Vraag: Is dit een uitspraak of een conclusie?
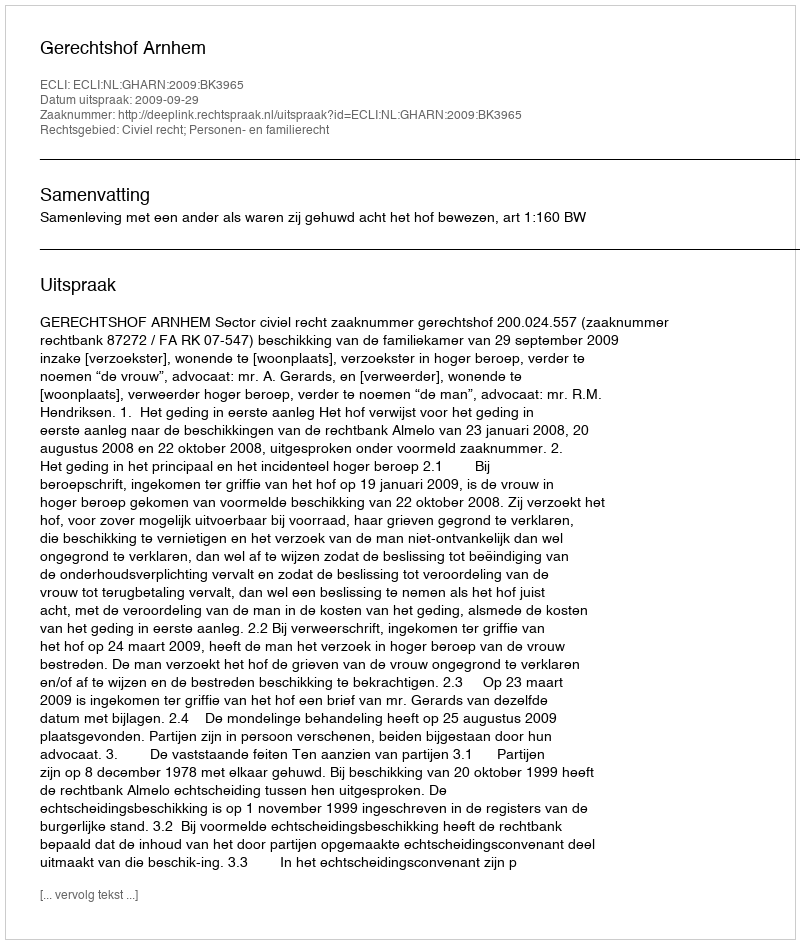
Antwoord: Uitspraak